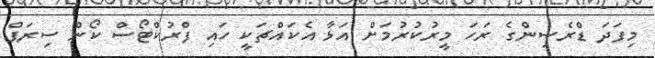
މިފަދަ ޑްރެސިންގެ ރަހަ މީރުކުރުމަށް އަޅާ އެކައްޗަކީ ހައި ފްރުކްޓޯސް ކޯން ސިރަޕް